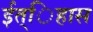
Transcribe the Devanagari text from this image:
ईत्िहास